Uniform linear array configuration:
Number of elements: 4
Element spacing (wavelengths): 0.75
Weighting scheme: blackman
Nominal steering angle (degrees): -45
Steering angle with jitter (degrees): -46.194
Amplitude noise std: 0.05
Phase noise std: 0.05

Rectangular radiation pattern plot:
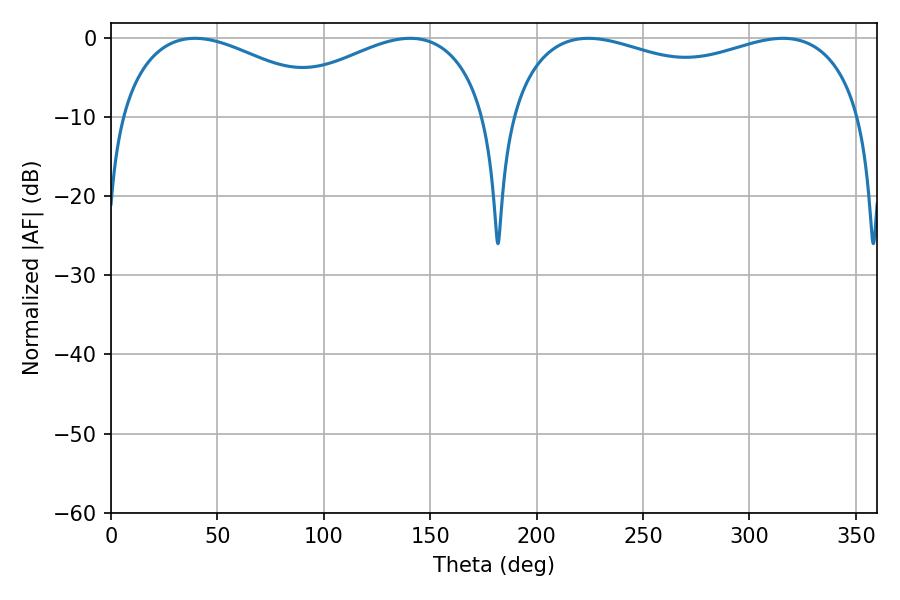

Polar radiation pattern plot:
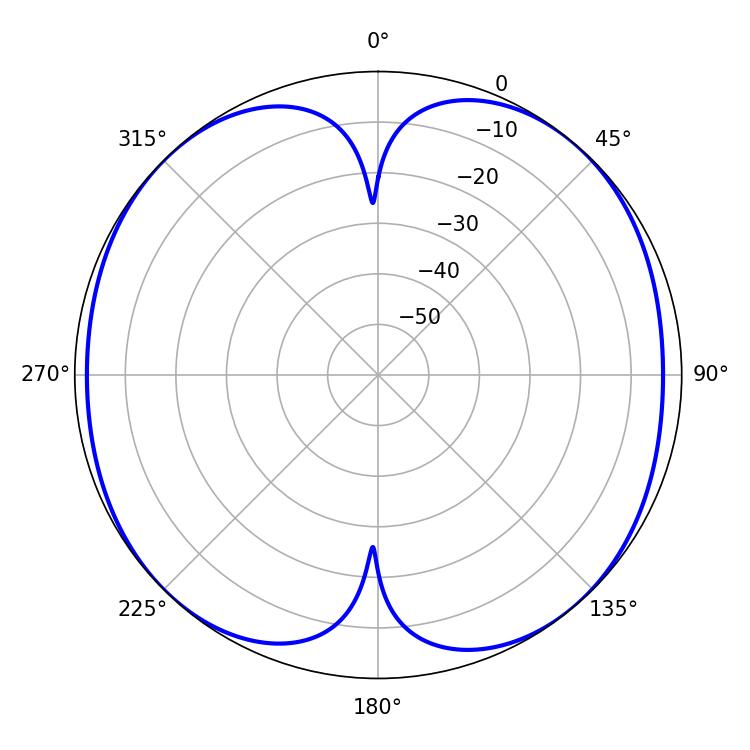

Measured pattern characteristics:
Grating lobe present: TRUE
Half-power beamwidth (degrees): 137.16
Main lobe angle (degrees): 224.28